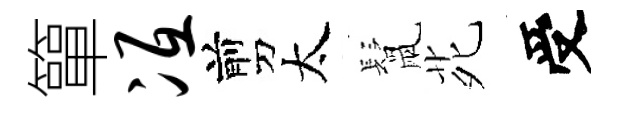
簞冱剪太鬛𫟍受